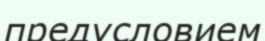
предусловием